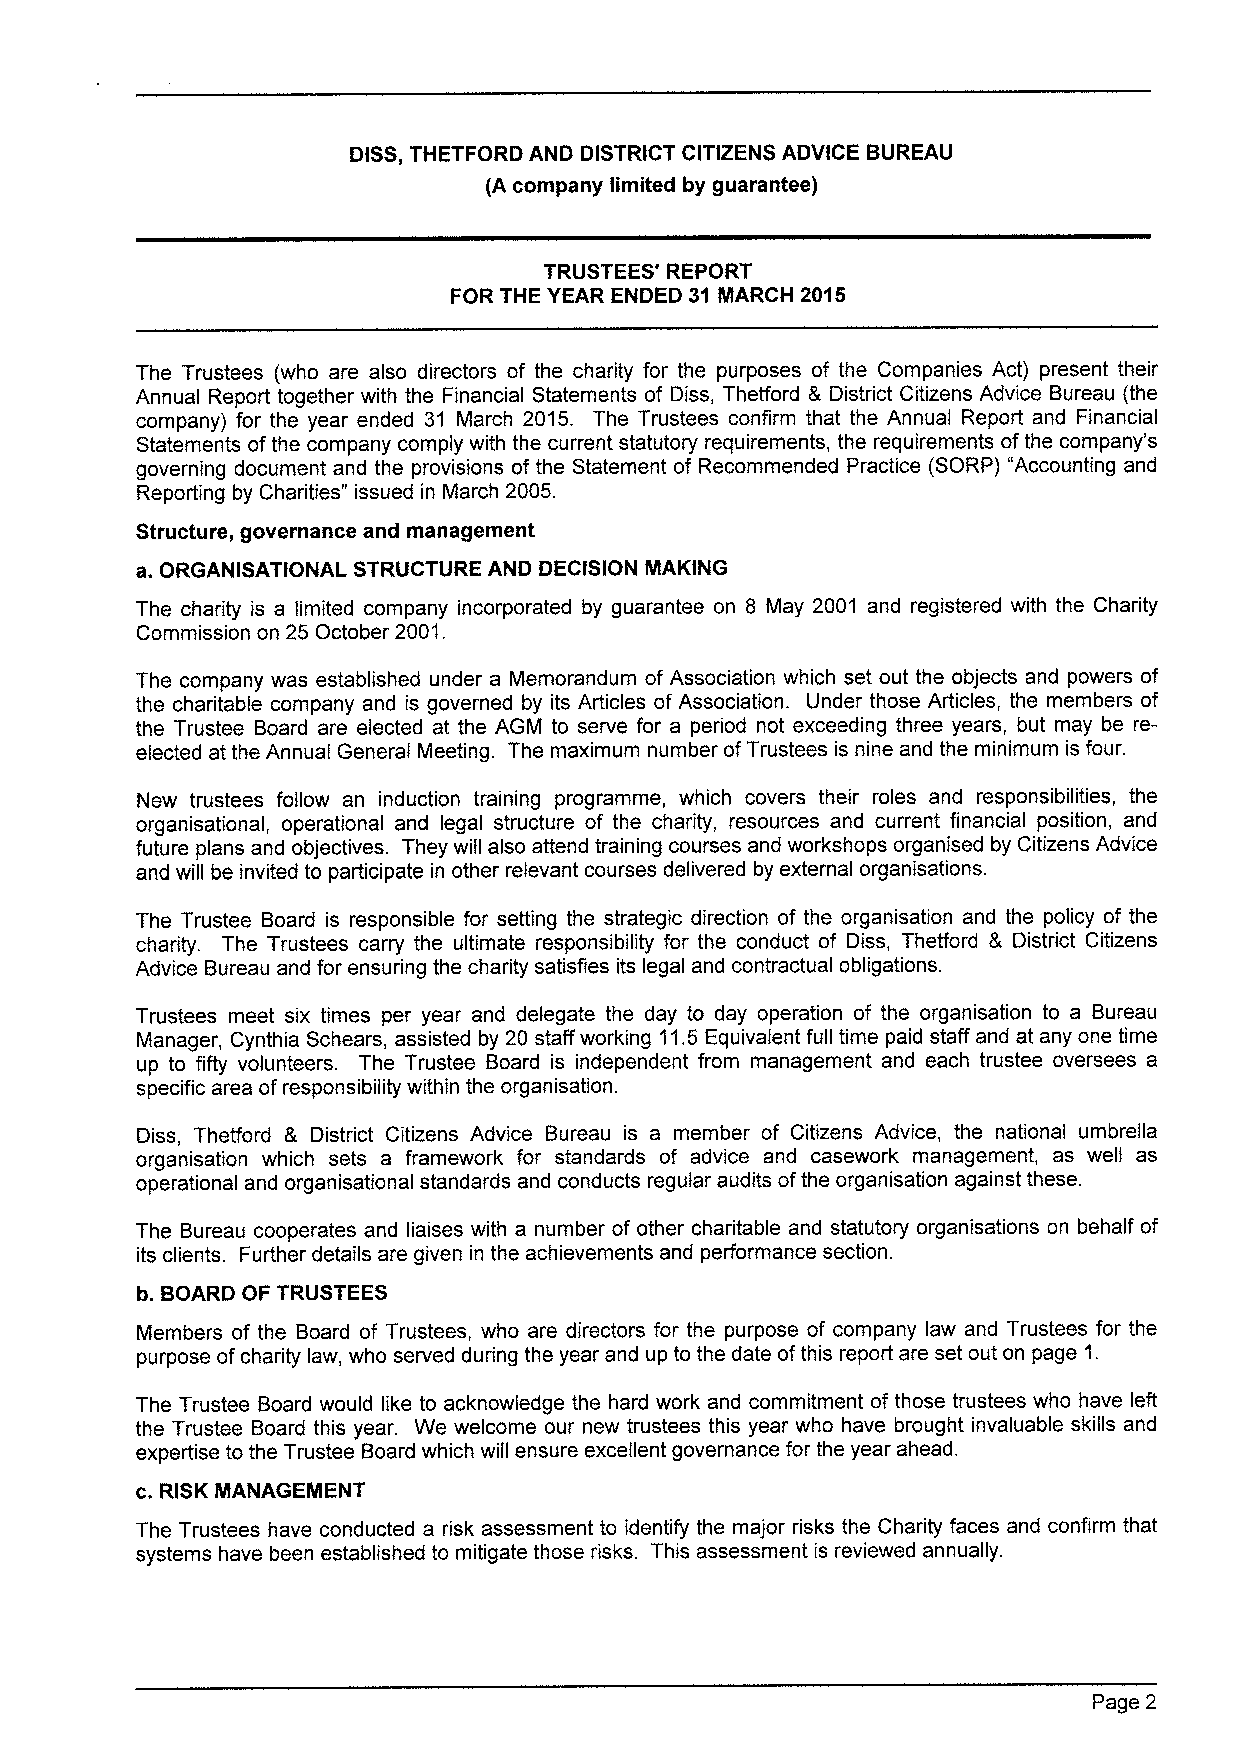
DISS,THETFORD AND DISTRICT CITIZENS ADVICE BUREAU
 (A company limited by guarantee)
 TRUSTEES' REPORT
 FOR THE YEAR ENDED 31 MARCH 2015
 The Trustees (who are also directors of the charity for the purposes of the Companies Act) present their
 Annual Report together with the Financial Statements of Diss, Thetford 8 District Citizens Advice Bureau (the
 company) for the year ended 31 March 2015. The Trustees confirm that the Annual Report and Financial
 Statements ofthe company comply with the current statutory requirements, the requirements ofthe company's
 governing document and the provisions of the Statement of Recommended Practice (SORP) "Accounting and
 Reporting by Charities" issued in March 2005.
 Structure, governance and management
 a.ORGANISATIONAL STRUCTURE AND DECISION MAKING
 The charity is a limited company incorporated by guarantee on 8 May 2001 and registered with the Charity
 Commission on 25 October 2001.
 The company was established under a Memorandum of Association which set out the objects and powers of
 the charitable company and is governed by its Articles of Association. Under those Articles, the members of
 the Trustee Board are elected at the AGM to serve for a period not exceeding three years, but may be re-
 elected at the Annual General Meeting. The maximum number ofTrustees is nine and the minimum is four.
 New trustees follow an induction training programme, which covers their roles and responsibilities, the
 organisational, operational and legal structure of the charity, resources and current financial position, and
 future plans and objectives. They will also attend training courses and workshops organised by Citizens Advice
 and will be invited to participate in other relevant courses delivered by external organisations.
 The Trustee Board is responsible for setting the strategic direction of the organisation and the policy of the
 charity. The Trustees carry the ultimate responsibility for the conduct of Diss, Thefford 8 District Citizens
 Advice Bureau and for ensuring the charity satisfies its legal and contractual obligations.
 Trustees meet six times per year and delegate the day to day operation of the organisation to a Bureau
 Manager, Cynthia Schears, assisted by 20 staff working 11.5 Equivalent full time paid staff and at any one time
 up to fifty volunteers. The Trustee Board is independent from management and each trustee oversees a
 specific area ofresponsibility within the organisation.
 Diss, Thetford 8, District Citizens Advice Bureau is a member of Citizens Advice, the national umbrella
 organisation which sets a framework for standards of advice and casework management, as well as
 operational and organisational standards and conducts regular audits ofthe organisation against these.
 The Bureau cooperates and liaises with a number of other charitable and statutory organisations on behalf of
 its clients. Further details are given in the achievements and performance section.
 b. BOARD OF TRUSTEES
 Members of the Board of Trustees, who are directors for the purpose of company law and Trustees for the
 purpose ofcharity law, who served during the year and up to the date ofthis report are set out on page 1.
 The Trustee Board would like to acknowledge the hard work and commitment of those trustees who have left
 the Trustee Board this year. We welcome our new trustees this year who have brought invaluable skills and
 expertise to the Trustee Board which will ensure excellent governance for the year ahead.
 c.RISK
 INANAGEMENT
 The Trustees have conducted a risk assessment to identify the major risks the Charity faces and confirm that
 systems have been established to mitigate those risks. This assessment is reviewed annually.
 Page 2